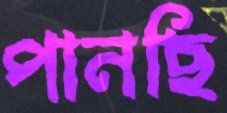
পানছি